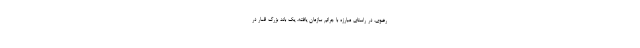
رضوی، در راستای مبارزه با جرائم سازمان یافته، یک باند بزرگ قمار در